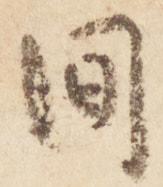
間